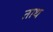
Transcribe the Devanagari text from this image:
ताथ